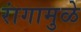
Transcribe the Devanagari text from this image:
रांगामुळे